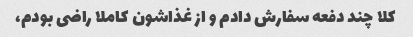
کلا چند دفعه سفارش دادم و از غذاشون کاملا راضی بودم،